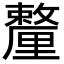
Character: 𨤸